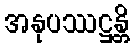
အနုပဿဋ္ဌန္တိ